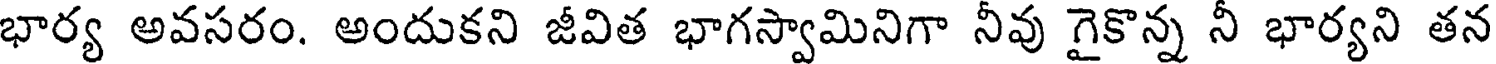
భార్య అవసరం. అందుకని జీవిత భాగస్వామినిగా నీవు గైకొన్న నీ భార్యని తన